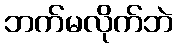
ဘက်မလိုက်ဘဲ